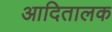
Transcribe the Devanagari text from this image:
आदितालक